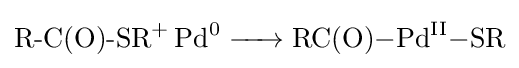
{\ce {{R-C(O)-SR}+ Pd^0 -> RC(O)-Pd^{II}-SR}}